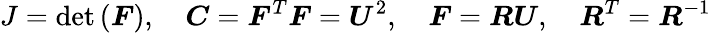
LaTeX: J=\operatorname*{det}\left({\boldsymbol{F}}\right),\quad{\boldsymbol{C}}={\boldsymbol{F}}^{T}{\boldsymbol{F}}={\boldsymbol{U}}^{2},\quad{\boldsymbol{F}}={\boldsymbol{R}}{\boldsymbol{U}},\quad{\boldsymbol{R}}^{T}={\boldsymbol{R}}^{-1}